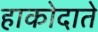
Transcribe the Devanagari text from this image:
हाकोदाते